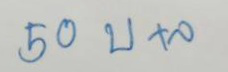
50 บ+ล